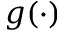
g ( \cdot )